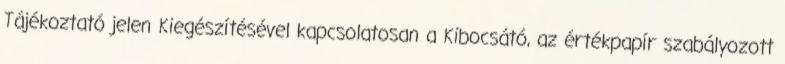
Tájékoztató jelen Kiegészítésével kapcsolatosan a Kibocsátó, az értékpapír szabályozott